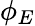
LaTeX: \phi_{E}